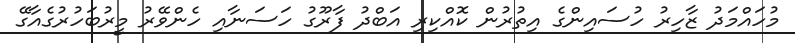
މުހައްމަދު ޒާހިރު ހުސައިންގެ އިތުރުން ކޮއްކިރި އަބްދު ފާރޫގު ހަސަނާއި ހެންވޭރު މީރުބަހުރުގެއާގޭ